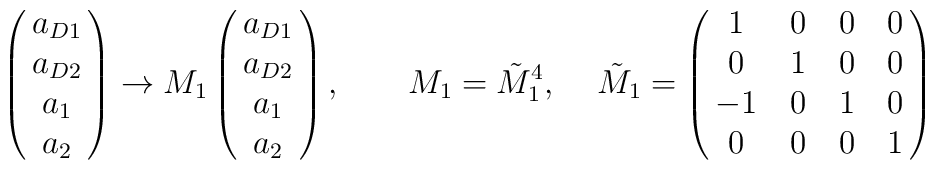
\pmatrix{a_{D1}  \cr   a_{D2}  \cr  a_1 \cr  a_2 }   \to  M_1\pmatrix{a_{D1}  \cr   a_{D2}  \cr  a_1 \cr  a_2 },\qquad  M_1= {\tilde M}_1^4, \quad  \, {\tilde M}_1=\pmatrix   { 1 & 0& 0  & 0 \cr0& 1 & 0& 0 \cr   -1 & 0& 1& 0\cr 0& 0& 0&  1  }